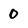
Character: 0